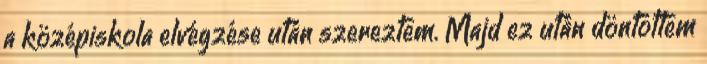
a középiskola elvégzése után szereztem. Majd ez után döntöttem